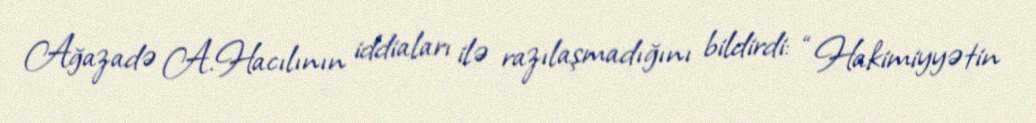
Ağazadə A.Hacılının iddiaları ilə razılaşmadığını bildirdi: “Hakimiyyətin